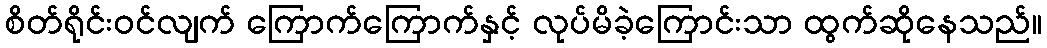
စိတ်ရိုင်းဝင်လျက် ကြောက်ကြောက်နှင့် လုပ်မိခဲ့ကြောင်းသာ ထွက်ဆိုနေသည်။